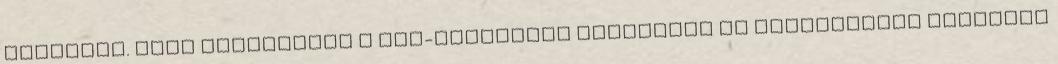
diplomát. Elsô munkahelye a Dél-Dunántúli Gázgyártó és Szolgáltató Vállalat